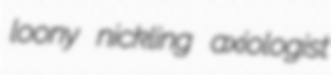
loony nickling axiologist